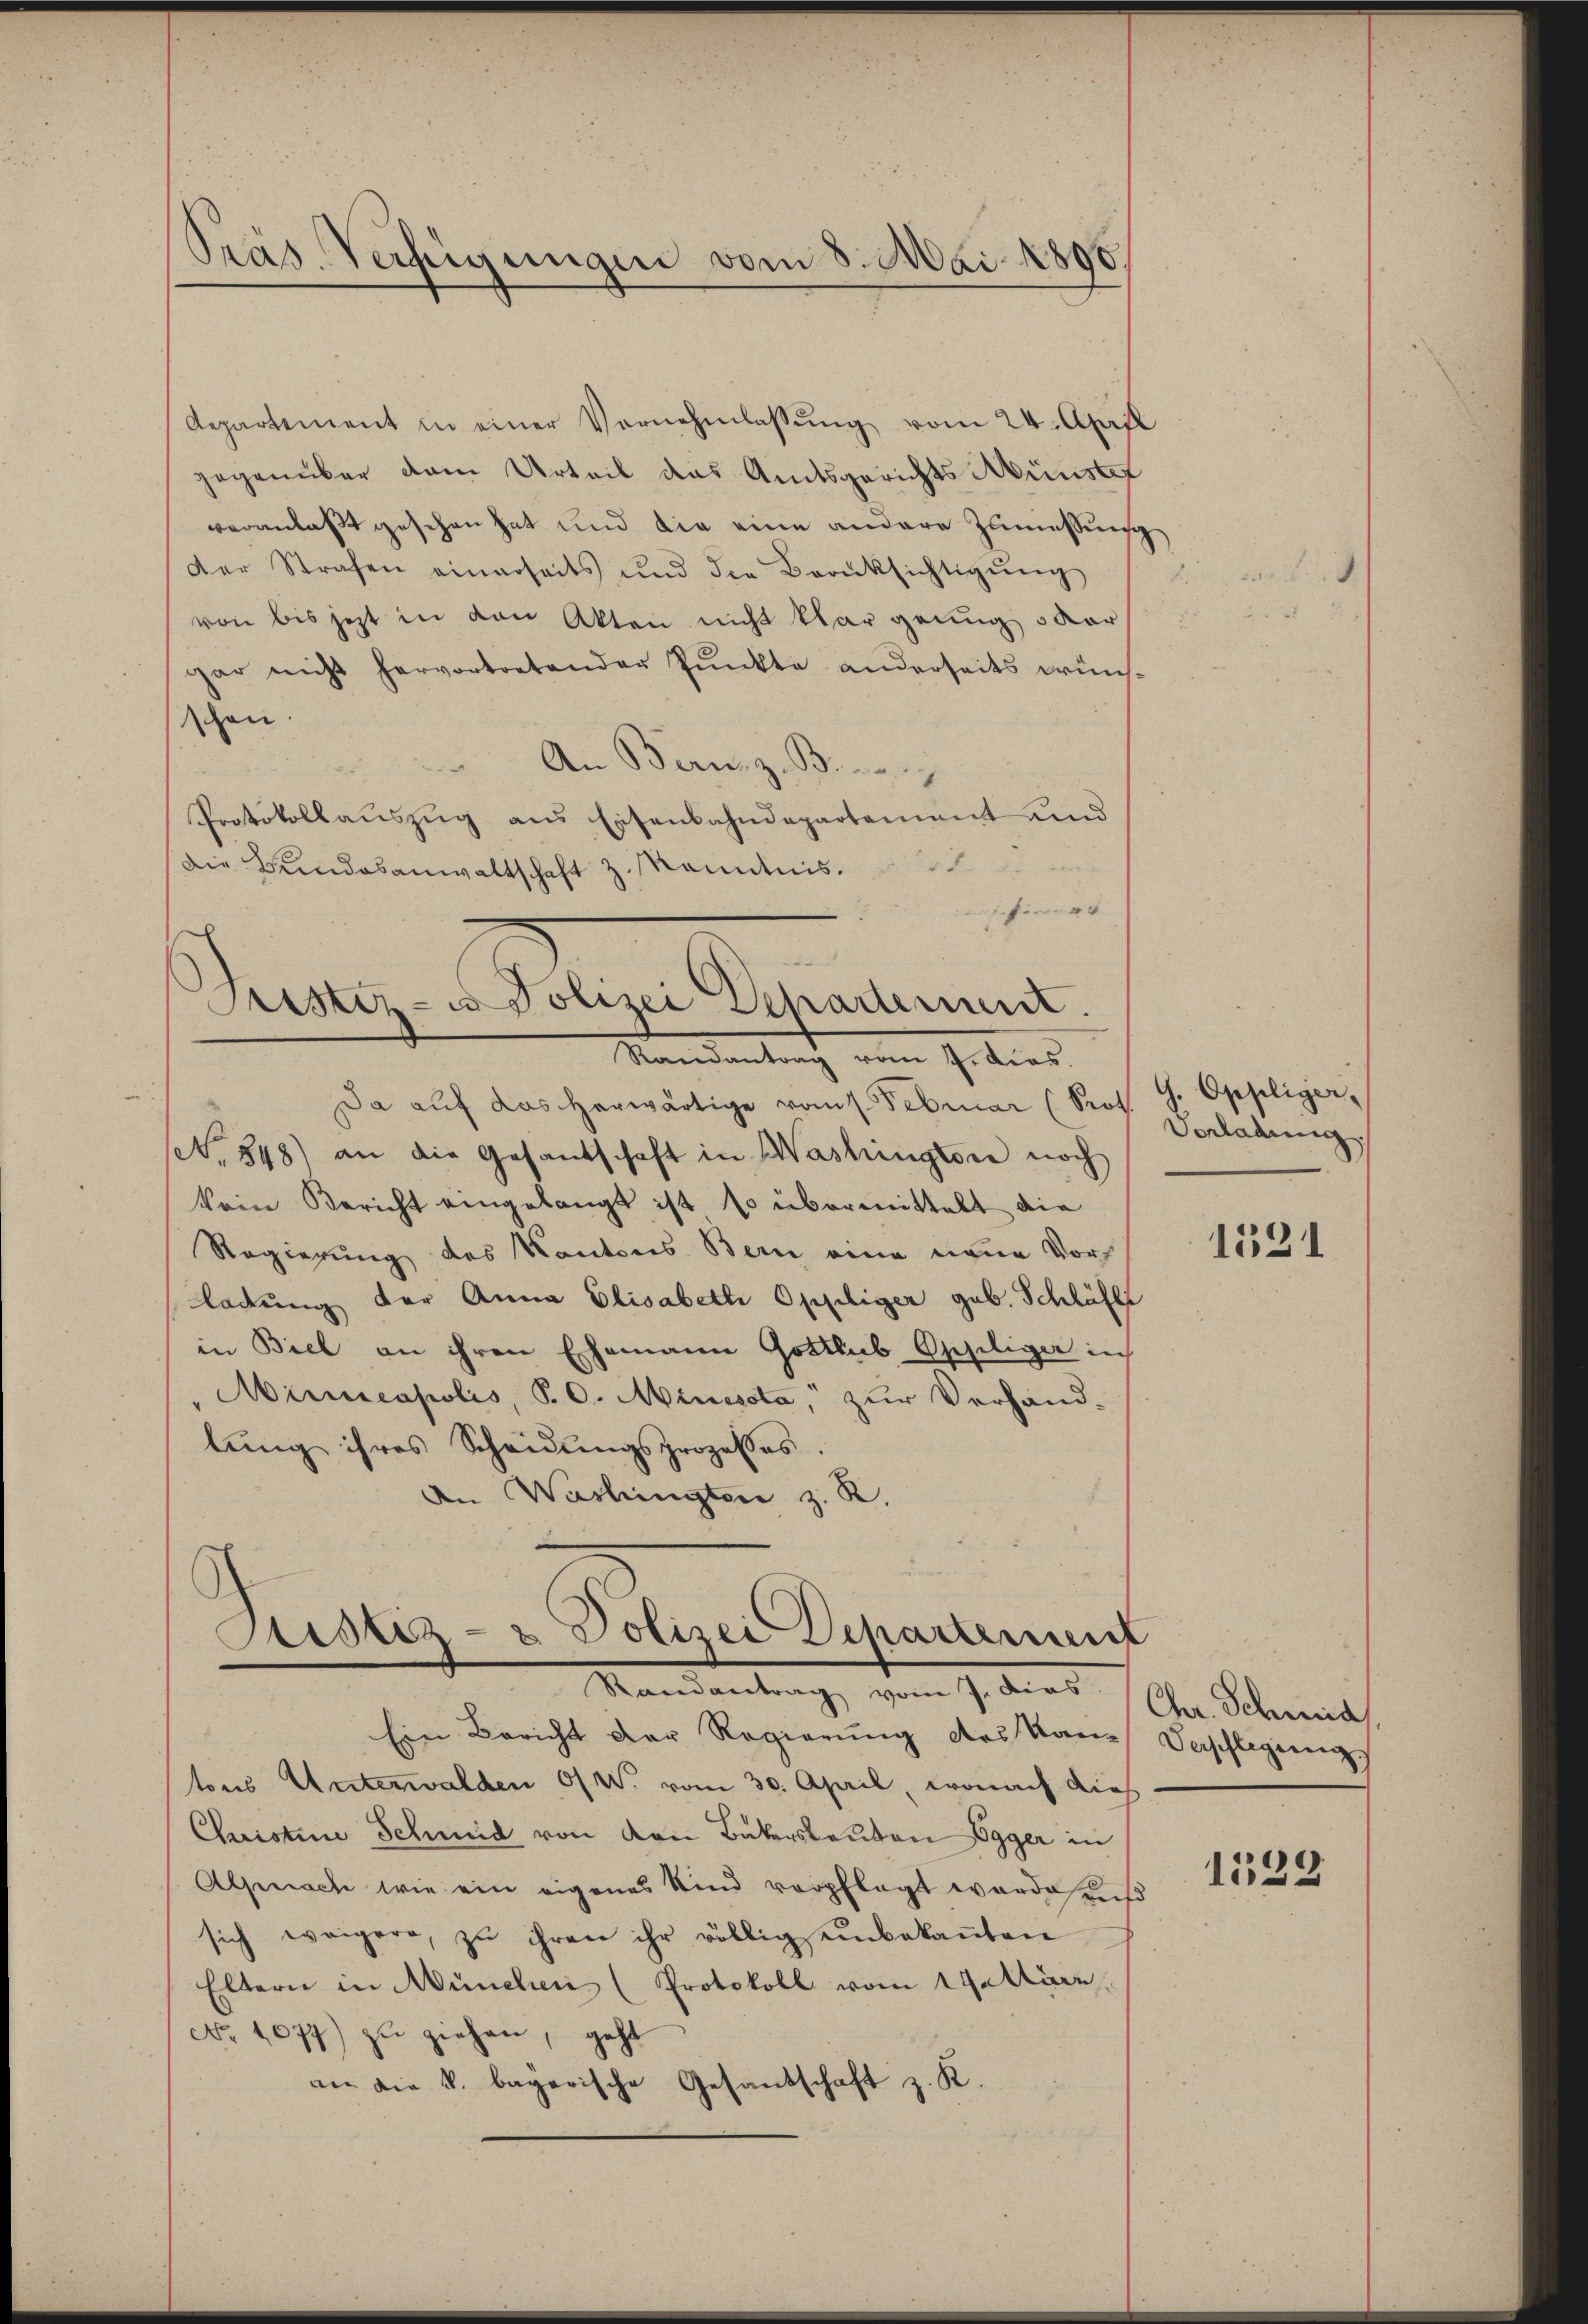
Präs. Verfügungen vom 8. Mai 1890.

Aepartement in einer Vernehmlassŭng vom 24. April
gegenüber dem Urteil das Amtsgerichts Münster
veranlaßt gesehen hat und die eine andere Zumessung
der Strafen einerseits und die Berüksichtigŭng
von bis jezt in den Akten nicht klar genug oder
gar nicht hervortretender Punkte anderseits wünsschon.
An Bern, z. B.
Protokollauszug aus Eisenbahndepartement und
die Bundesanwaltschaft z. Kenntnis.
iefin
Frister- u Polizei Departement.
Standentrag vom Titias
Da aŭf das herwärtige vom Februar (Prof. G. Oppliger,
N. 848) an die Gesandschaft in Washington noch
kein Bericht eingelangt ist so übermittelt die
Regierung des Kantons Bern eine neue Vors
ladung der Anna Elisabeth Oppliger geb. Schläft
in Biel an ihren Ehemann Gotthub Oppiliger in
Minneapolis, P. O. Minisota, zur Verhand-
lŭng ihres Scheidŭngsprozesses.
An Washingten z. R.

Stistiz- & Polizei Departement
Mandantag, vom 1. Art. 1 der Oberaus

Vorladung.

Ein Bericht der Regierung des Kantons Unterwalden O/W. vom 30. April, wonach dies
Christine Schmid von den Baterskanton Egger in
Alpenach wie ein eigenes Kind verpflegt worde auß
sich weigere, zu ihren ihr völlig unbekaṅten
Eltern in München (Protokoll vom 19. März
No 1077) zŭ ziehen, geht
an die k. bagarische Gesandschaft z. K.

A

1331

Verschlagung

1529